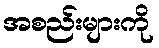
အစည်းများကို